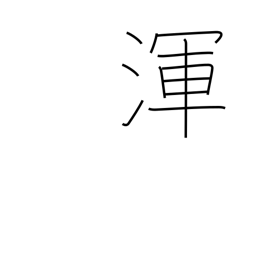
Meaning: all